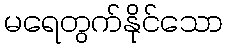
မရေတွက်နိုင်သော